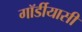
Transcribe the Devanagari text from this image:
गॉर्डीयासी